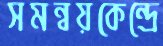
সমন্বয়কেন্দ্রে